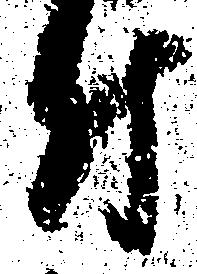
付